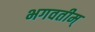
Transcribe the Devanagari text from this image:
भगवतीम्